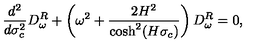
\frac { d ^ { 2 } } { d \sigma _ { c } ^ { 2 } } D _ { \omega } ^ { R } + \left( \omega ^ { 2 } + \frac { 2 H ^ { 2 } } { \cosh ^ { 2 } ( H \sigma _ { c } ) } \right) D _ { \omega } ^ { R } = 0 ,